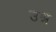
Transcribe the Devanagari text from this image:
उश्न